Leaving Certificate, 1900
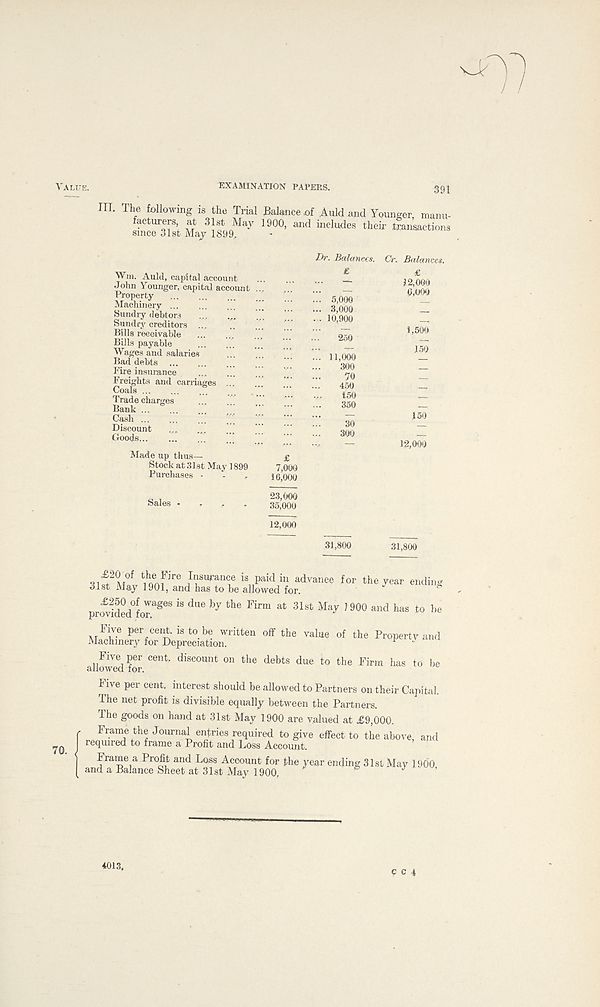
Vali'e.
EXAMINATION PAPERS.
391
7
III. The following is the Trial Balance,of AuMand Younger, manu-
facturers at 31st May 1900, and includes their transactions
since 31st May 1899,
Win. Auld, capital account
John Younger, capital account
Property
Machinery
Sundry debtors
Sundry creditors ...
Bills receivable
Bills payable
Wages and salaries
Bad debts
Fire insurance
Freights and carriages ...
Coals
Trade charges
Bank Cash
...
Discount
Goods
*.
Made up thus—
Stock at 31st May 1899
Purchases -
£
7,000
16,000
Dr. Balances. Cr. Balances.
£
5,000
3,000
10,900
250
11,000 300 70
450 150
350
30
300
£
12,000 6,000
1,500
150
150
12,000
23,000
35,000
12,000
31,800
31,800
3lft 20 \W fc 1 h q e nf ire Jf U Ti e iS
1 , paid
1
in advance for ^e year ending
olst May 1901, and has to be allowed for.
providedlor^ ^ dUe ^ the Firm at 31St May ?900 and has to be
P er cer ‘t- is to be written off the value of the Property and
Machinery for Depreciation.
v -
Five per cent, discount on the debts due to the Firm has to be
allowed for.
Five per cent, interest should be allowed to Partners on their Capital.
The net profit is divisible equally between the Partners.
The goods on hand at 31st May 1900 are valued at £9,000.
f Frame the Journal entries required to give effect to the above, and
I required to frame a Profit and Loss Account.
I f rai S e , a
and k°s s Account for the year ending 31st May 1900
( and a Balance Sheet at 31st May 1900,
&
J
4013,
p c 4